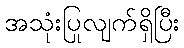
အသုံးပြုလျက်ရှိပြီး